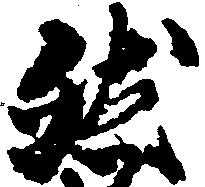
然